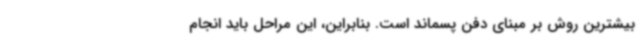
بیشترین روش بر مبنای دفن پسماند است. بنابراین، این مراحل باید انجام